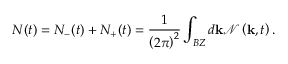
N ( t ) = N _ { - } ( t ) + N _ { + } ( t ) = \frac { 1 } { \left( 2 \pi \right) ^ { 2 } } \int _ { B Z } d \mathbf { k } \mathcal { N } \left( \mathbf { k } , t \right) .